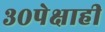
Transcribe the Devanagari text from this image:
३०पेक्षाही